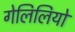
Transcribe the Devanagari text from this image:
गेलिलियो